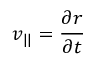
v _ { | | } = \frac { \partial r } { \partial t }